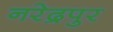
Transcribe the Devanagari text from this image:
नरेद्रपुर